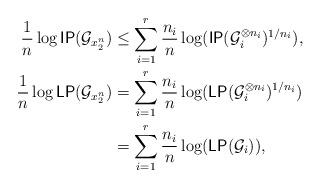
LaTeX: \begin{align*}\frac{1}{n}\log\mathsf{IP}(\mathcal G_{x_2^n})&\leq \sum_{i=1}^r \frac{n_i}{n}\log (\mathsf{IP}(\mathcal G_{i}^{\otimes n_i})^{1/n_i}),\\\frac{1}{n}\log\mathsf{LP}(\mathcal G_{x_2^n})&=\sum_{i=1}^r \frac{n_i}{n}\log (\mathsf{LP}(\mathcal G_{i}^{\otimes n_i})^{1/n_i})\\&= \sum_{i=1}^r \frac{n_i}{n}\log (\mathsf{LP}(\mathcal G_{i})), \end{align*}